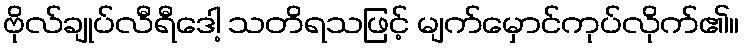
ဗိုလ်ချုပ်လီရီဒေါ့ သတိရသဖြင့် မျက်မှောင်ကုပ်လိုက်၏။